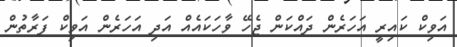
އަވިކް ކައިރީ އަހަރެން ދައްކަން ޖެހޭ ވާހަކައެއް އަދި އަހަރެން އަވިކް ފަރާތުން